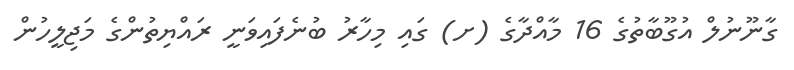
ގާނޫނުލް އުގޫބާތުގެ 16 މާއްދާގެ (ށ) ގައި މިހާރު ބުނެފައިވަނީ ރައްޔިތުންގެ މަޖިލީހުން